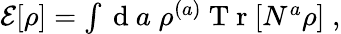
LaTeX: \begin{array}{r}{\mathcal{E}[\rho]=\int\mathrm{~d~}a\; \rho^{(a)}\mathrm{~T~r~}[N^{a}\rho]\; ,}\end{array}